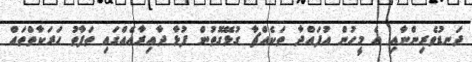
ދަނޑުވެރިންނާއި އެ މީހުން އުފައްދާ ތަކެއްޗާ ގުޅޭގޮތުން ފުޅާ ދާއިރާއެއްގައި ތަފާތު ޙަރަކާތްތައް